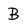
Character: B